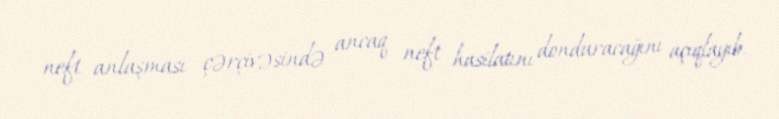
neft anlaşması çərçivəsində ancaq neft hasilatını donduracağını açıqlayıb.